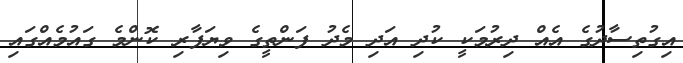
އިގުތިސާދުގެ އެއް ދިރުމަކީ ކުދި އަދި މެދު ފަންތީގެ ވިޔަފާރި ކޮންމެ ގައުމެއްގައި